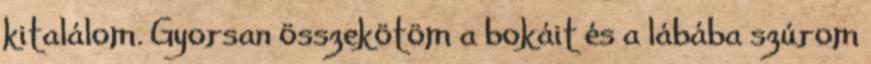
kitalálom. Gyorsan összekötöm a bokáit és a lábába szúrom